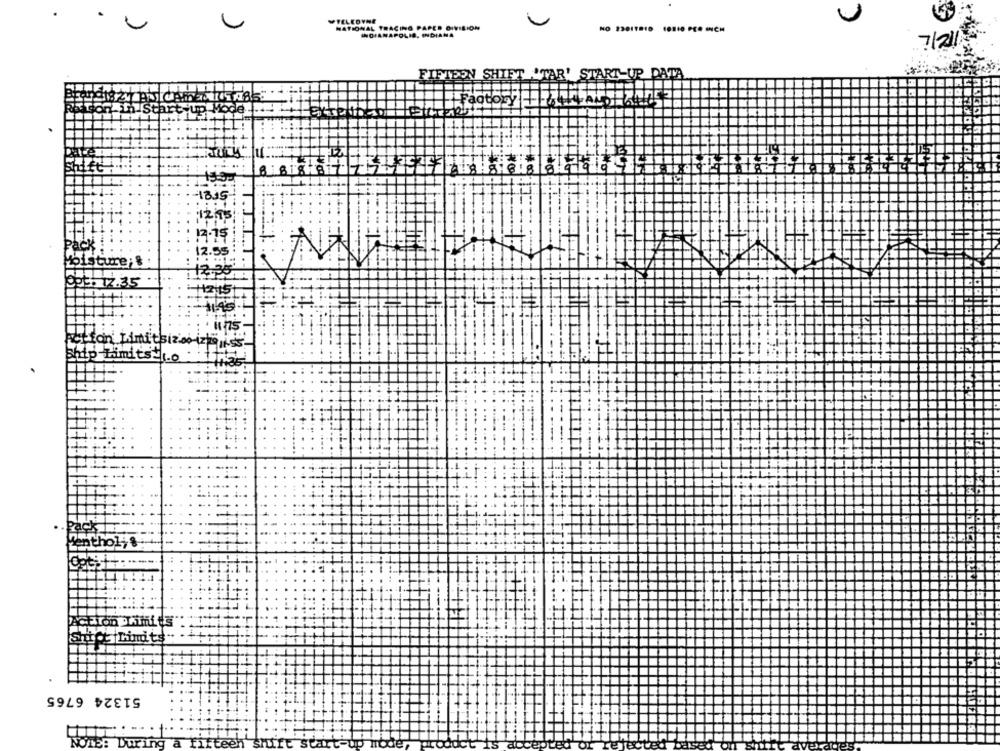
NATIONAL TRACING PAPER DIVILION
NO 23017810 10110 PER INCH
INDIANAPOLIS, INDIANA
7/211
FIFTEEN SHIFT 'TAR'
ATA
Sta
Shift ....
.15
Pack
2.59
Moisture;
2.35
295. 17.35
HzIS
7
n' Limi
Ship Limits -. 0
Pack I
Menthol; &
Action Limits
Shict |Limits"
51324 6765
NOTE: During